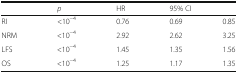
<table><thead><tr><td></td><td><b><i>p</i></b></td><td><b>HR</b></td><td colspan="2"><b>95% CI</b></td></tr></thead><tbody><tr><td>RI</td><td>&lt;10<sup>−4</sup></td><td>0.76</td><td>0.69</td><td>0.85</td></tr><tr><td>NRM</td><td>&lt;10<sup>−4</sup></td><td>2.92</td><td>2.62</td><td>3.25</td></tr><tr><td>LFS</td><td>&lt;10<sup>−4</sup></td><td>1.45</td><td>1.35</td><td>1.56</td></tr><tr><td>OS</td><td>&lt;10<sup>−4</sup></td><td>1.25</td><td>1.17</td><td>1.35</td></tr></tbody></table>